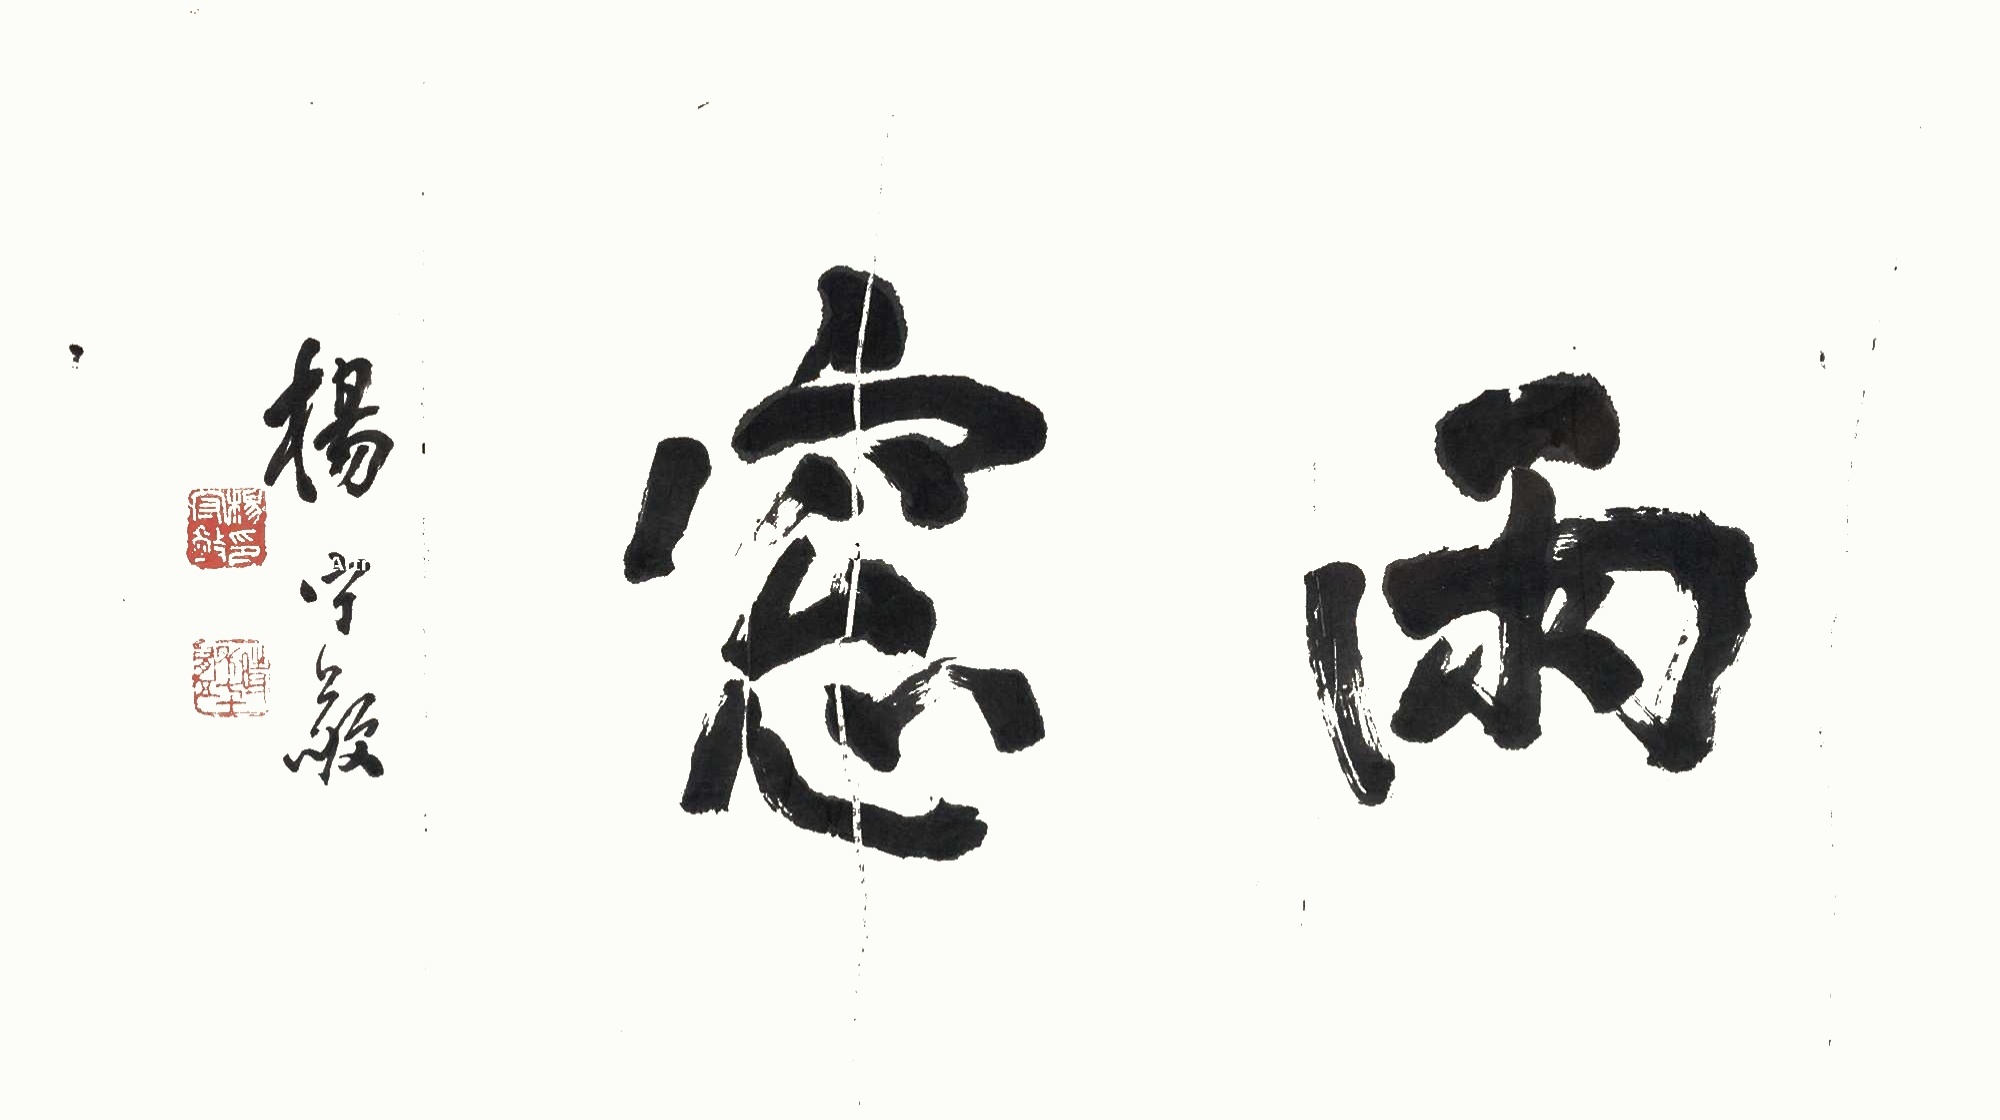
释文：雨窗。杨守敬。